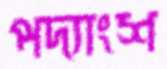
পদ্যাংশ